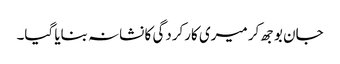
جان بوجھ کر میری کارکردگی کا نشانہ بنایا گیا۔